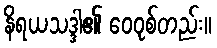
နိရယသဒ္ဒါ၏ ဝေဝုစ်တည်း။